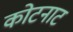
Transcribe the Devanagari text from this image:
कोटनाट